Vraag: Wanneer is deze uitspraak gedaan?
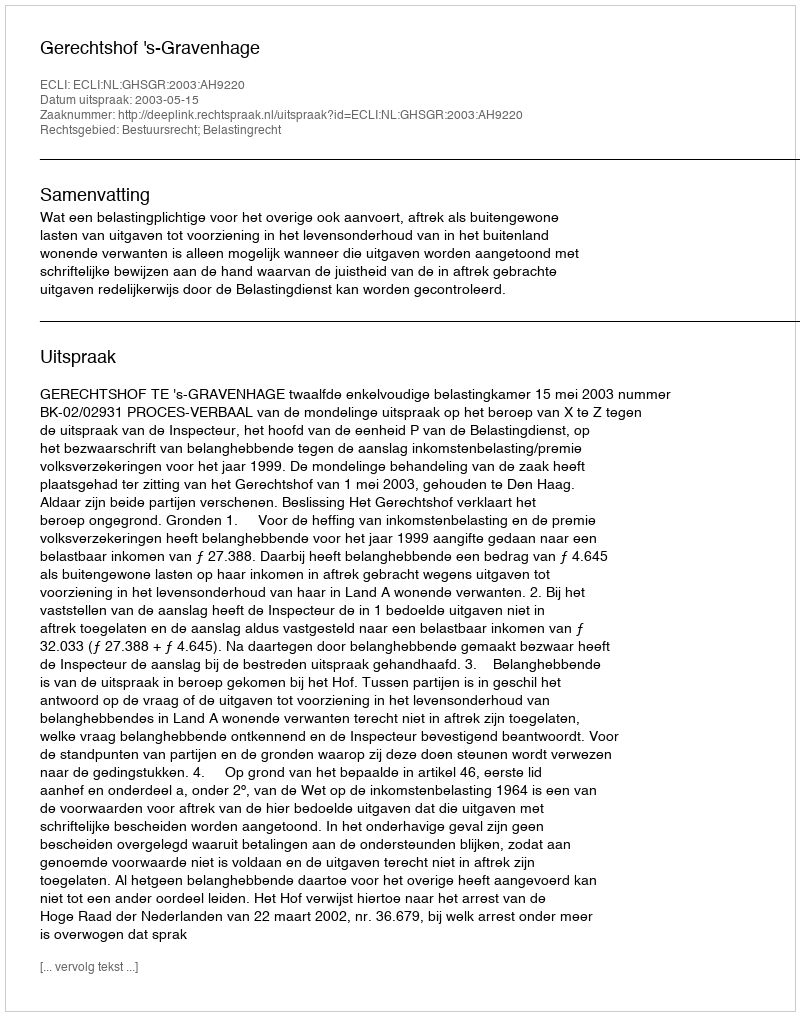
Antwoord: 2003-05-15